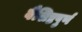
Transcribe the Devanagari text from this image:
वैशिष्टपुर्ण